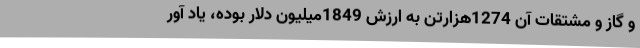
و گاز و مشتقات آن 1274هزارتن به ارزش 1849میلیون دلار بوده، یاد آور